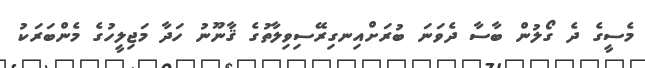
މެސީގެ ދެ ގޯލުން ބާސާ ދެވަނަ ބުރަށްއިނގިރޭސިވިލާތުގެ ޤާނޫނު ހަދާ މަޖިލީހުގެ މެންބަރަކު